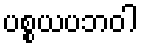
ပစ္စယပဘဝါ